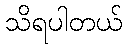
သိရပါတယ်